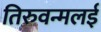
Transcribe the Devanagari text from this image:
तिरुवन्मलई